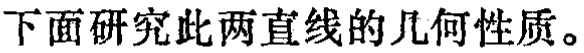
下面研究此两直线的几何性质。